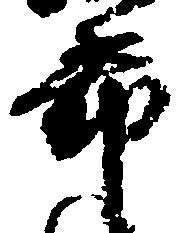
希